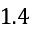
1 . 4